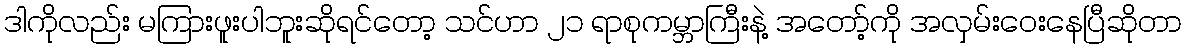
ဒါကိုလည်း မကြားဖူးပါဘူးဆိုရင်တော့ သင်ဟာ ၂၁ ရာစုကမ္ဘာကြီးနဲ့ အတော့်ကို အလှမ်းဝေးနေပြီဆိုတာ